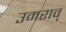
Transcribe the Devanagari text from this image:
उमराव्